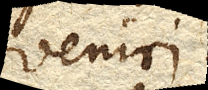
veniri.